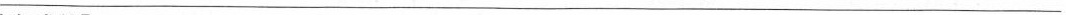
_______________________________________________________